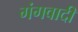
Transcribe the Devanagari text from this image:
गंगवादी